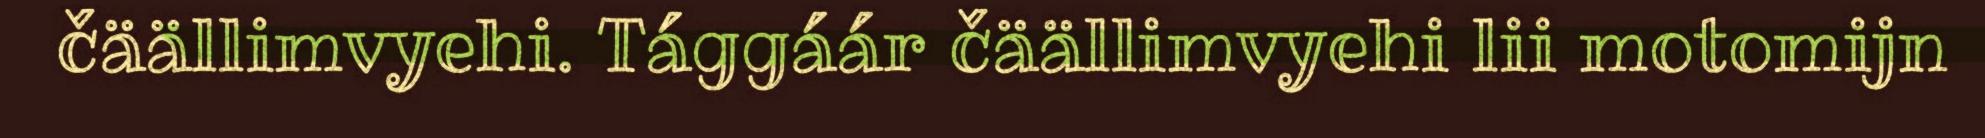
čäällimvyehi. Tággáár čäällimvyehi lii motomijn